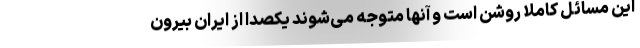
این مسائل کاملاً روشن است و آنها متوجه می‌شوند یکصدا از ایران بیرون